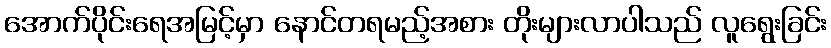
အောက်ပိုင်းရေအမြင့်မှာ နောင်တရမည့်အစား တိုးများလာပါသည် လူရွေးခြင်း